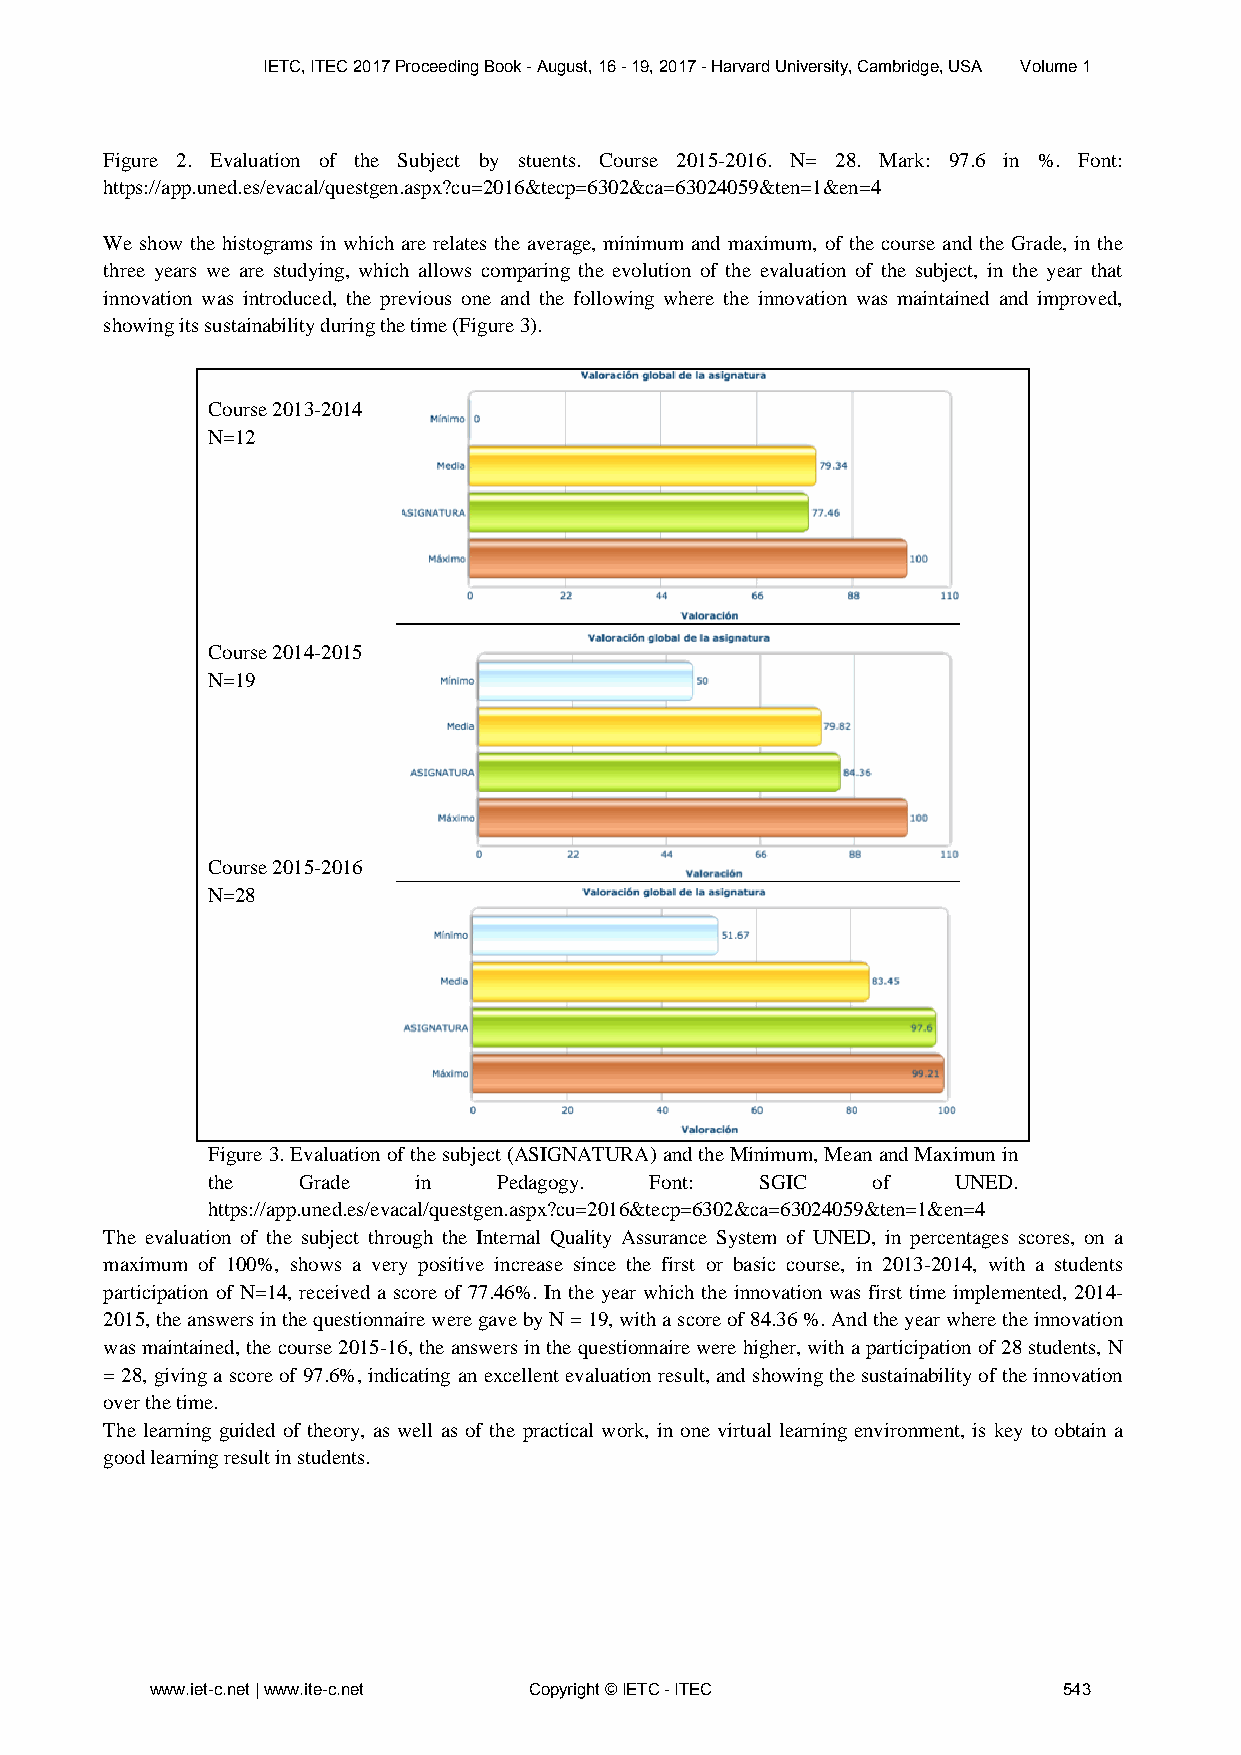
IETC, ITEC 2017 Proceeding Book - August, 16 - 19, 2017 - Harvard University, Cambridge, USA Volume 1
 Figure 2. Evaluation of the Subject by stuents. Course 2015-2016. N= 28. Mark: 97.6 in %. Font:
 https://app.uned.es/evacal/questgen.aspx?cu=2016&tecp=6302&ca=63024059&ten=1&en=4
 We show the histograms in which are relates the average, minimum and maximum, of the course and the Grade, in the
 three years we are studying, which allows comparing the evolution of the evaluation of the subject, in the year that
 innovation was introduced, the previous one and the following where the innovation was maintained and improved,
 showing its sustainability during the time (Figure 3).
 Course 2013-2014
 N=12
 Course 2014-2015
 N=19
 Course 2015-2016
 N=28
 Figure 3. Evaluation of the subject (ASIGNATURA) and the Minimum, Mean and Maximun in
 the   Grade  in    Pedagogy. Font:  SGIC    of   UNED.
 https://app.uned.es/evacal/questgen.aspx?cu=2016&tecp=6302&ca=63024059&ten=1&en=4
 The evaluation of the subject through the Internal Quality Assurance System of UNED, in percentages scores, on a
 maximum of 100%, shows a very positive increase since the first or basic course, in 2013-2014, with a students
 participation of N=14, received a score of 77.46%. In the year which the innovation was first time implemented, 2014-
 2015, the answers in the questionnaire were gave by N = 19, with a score of 84.36 %. And the year where the innovation
 was maintained, the course 2015-16, the answers in the questionnaire were higher, with a participation of 28 students, N
 = 28, giving a score of 97.6%, indicating an excellent evaluation result, and showing the sustainability of the innovation
 over the time.
 The learning guided of theory, as well as of the practical work, in one virtual learning environment, is key to obtain a
 good learning result in students.
 www.iet-c.net | www.ite-c.net Copyright © IETC - ITEC       543